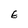
Character: E